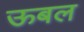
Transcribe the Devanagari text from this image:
ऊबल